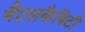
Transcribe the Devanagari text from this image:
मैंटलकैबिटी